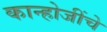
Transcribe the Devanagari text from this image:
कान्होजींचे